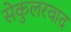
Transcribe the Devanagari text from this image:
सेकुलरवाद